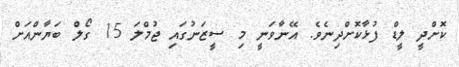
ކޮށްދީ ލީޑް ފުޅާކޮށްދިނެވެ. އޭނާވަނީ މި ސީޒަނުގައި ޖުމްލަ 15 ގޯލް ބަޔާންއަށް